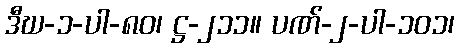
ဒီဃ-၁-ပါ-၈၀၊ ဋ္ဌ-၂၁၁။ ပဏ်-၂-ပါ-၁၀၁၊